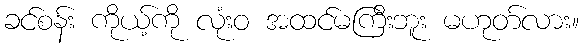
ခင်စန်း ကိုယ့်ကို လုံးဝ အထင်မကြီးဘူး မဟုတ်လား။